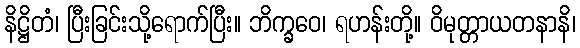
နိဋ္ဌိတံ၊ ပြီးခြင်းသို့ရောက်ပြီး။ ဘိက္ခဝေ၊ ရဟန်းတို့။ ဝိမုတ္တာယတနာနိ၊